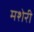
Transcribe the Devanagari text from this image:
मशेरी